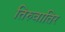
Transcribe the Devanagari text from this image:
तिरुवातिर